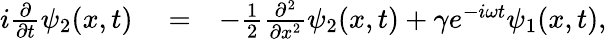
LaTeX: \begin{array}{rlr}{i\frac{\partial}{\partial t}\psi_{2}(x,t)}&{{}=}&{-\frac{1}{2}\frac{\partial^{2}}{\partial x^{2}}\psi_{2}(x,t)+\gamma e^{-i\omega t}\psi_{1}(x,t),}\end{array}